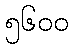
၅၆၀၀